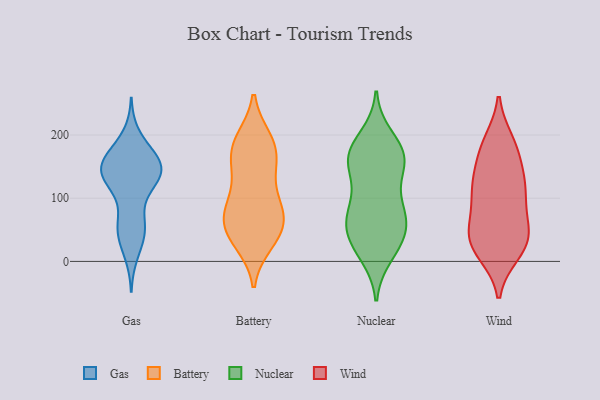
{"axis": {"x": "Customer Acquisition Cost (USD)", "y": "Value"}, "legend": ["Battery", "Gas", "Nuclear", "Wind"], "data": [{"x": "", "y": 146, "type": "Gas"}, {"x": "", "y": 153, "type": "Gas"}, {"x": "", "y": 198, "type": "Gas"}, {"x": "", "y": 172, "type": "Gas"}, {"x": "", "y": 126, "type": "Gas"}, {"x": "", "y": 157, "type": "Gas"}, {"x": "", "y": 149, "type": "Gas"}, {"x": "", "y": 161, "type": "Gas"}, {"x": "", "y": 139, "type": "Gas"}, {"x": "", "y": 66, "type": "Gas"}, {"x": "", "y": 130, "type": "Gas"}, {"x": "", "y": 43, "type": "Gas"}, {"x": "", "y": 61, "type": "Gas"}, {"x": "", "y": 54, "type": "Gas"}, {"x": "", "y": 165, "type": "Gas"}, {"x": "", "y": 139, "type": "Gas"}, {"x": "", "y": 131, "type": "Gas"}, {"x": "", "y": 39, "type": "Gas"}, {"x": "", "y": 13, "type": "Gas"}, {"x": "", "y": 124, "type": "Gas"}, {"x": "", "y": 100, "type": "Battery"}, {"x": "", "y": 47, "type": "Battery"}, {"x": "", "y": 56, "type": "Battery"}, {"x": "", "y": 193, "type": "Battery"}, {"x": "", "y": 147, "type": "Battery"}, {"x": "", "y": 149, "type": "Battery"}, {"x": "", "y": 149, "type": "Battery"}, {"x": "", "y": 34, "type": "Battery"}, {"x": "", "y": 86, "type": "Battery"}, {"x": "", "y": 83, "type": "Battery"}, {"x": "", "y": 183, "type": "Battery"}, {"x": "", "y": 30, "type": "Battery"}, {"x": "", "y": 186, "type": "Battery"}, {"x": "", "y": 72, "type": "Battery"}, {"x": "", "y": 80, "type": "Battery"}, {"x": "", "y": 186, "type": "Battery"}, {"x": "", "y": 46, "type": "Battery"}, {"x": "", "y": 69, "type": "Nuclear"}, {"x": "", "y": 71, "type": "Nuclear"}, {"x": "", "y": 27, "type": "Nuclear"}, {"x": "", "y": 161, "type": "Nuclear"}, {"x": "", "y": 133, "type": "Nuclear"}, {"x": "", "y": 78, "type": "Nuclear"}, {"x": "", "y": 196, "type": "Nuclear"}, {"x": "", "y": 170, "type": "Nuclear"}, {"x": "", "y": 41, "type": "Nuclear"}, {"x": "", "y": 76, "type": "Nuclear"}, {"x": "", "y": 92, "type": "Nuclear"}, {"x": "", "y": 11, "type": "Nuclear"}, {"x": "", "y": 157, "type": "Nuclear"}, {"x": "", "y": 169, "type": "Nuclear"}, {"x": "", "y": 26, "type": "Nuclear"}, {"x": "", "y": 173, "type": "Nuclear"}, {"x": "", "y": 158, "type": "Nuclear"}, {"x": "", "y": 45, "type": "Nuclear"}, {"x": "", "y": 169, "type": "Wind"}, {"x": "", "y": 177, "type": "Wind"}, {"x": "", "y": 128, "type": "Wind"}, {"x": "", "y": 141, "type": "Wind"}, {"x": "", "y": 34, "type": "Wind"}, {"x": "", "y": 94, "type": "Wind"}, {"x": "", "y": 42, "type": "Wind"}, {"x": "", "y": 42, "type": "Wind"}, {"x": "", "y": 65, "type": "Wind"}, {"x": "", "y": 13, "type": "Wind"}, {"x": "", "y": 14, "type": "Wind"}, {"x": "", "y": 190, "type": "Wind"}, {"x": "", "y": 17, "type": "Wind"}, {"x": "", "y": 43, "type": "Wind"}, {"x": "", "y": 47, "type": "Wind"}, {"x": "", "y": 128, "type": "Wind"}, {"x": "", "y": 99, "type": "Wind"}, {"x": "", "y": 107, "type": "Wind"}, {"x": "", "y": 115, "type": "Wind"}, {"x": "", "y": 189, "type": "Wind"}]}